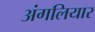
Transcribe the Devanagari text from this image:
अंगलियार